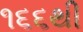
૧૬૬થી